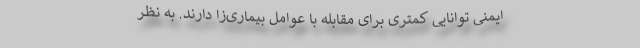
ایمنی توانایی کمتری برای مقابله با عوامل بیماری‌زا دارند. به‌ نظر